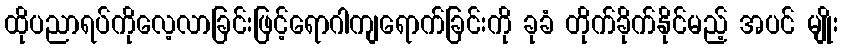
ထိုပညာရပ်ကိုလေ့လာခြင်းဖြင့်ရောဂါကျရောက်ခြင်းကို ခုခံ တိုက်ခိုက်နိုင်မည့် အပင် မျိုး